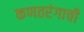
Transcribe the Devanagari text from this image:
कणतरंगाची